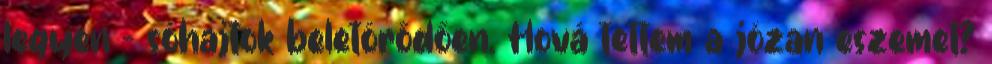
legyen – sóhajtok beletörődően. Hová tettem a józan eszemet?